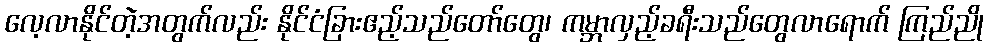
လေ့လာနိုင်တဲ့အတွက်လည်း နိုင်ငံခြားဧည့်သည်တော်တွေ၊ ကမ္ဘာလှည့်ခရီးသည်တွေလာရောက် ကြည်ညို